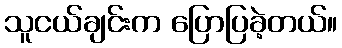
သူငယ်ချင်းက ပြောပြခဲ့တယ်။